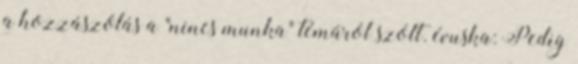
a hozzászólás a "nincs munka" témáról szólt. évuska: Pedig